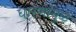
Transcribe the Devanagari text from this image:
धारणांमुळे